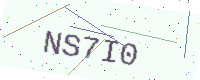
Text: NS7I0